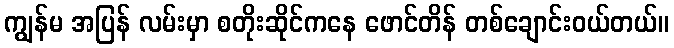
ကျွန်မ အပြန် လမ်းမှာ စတိုးဆိုင်ကနေ ဖောင်တိန် တစ်ချောင်းဝယ်တယ်။